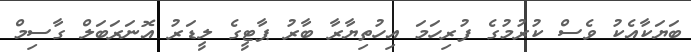
ބަޔަކާއެކު ވެސް ކުރުމުގެ ފުރިހަމަ އިހުތިޔާރާ ބާރު ޕާޓީގެ ލީޑަރު އޮނަރަބަލް ގާސިމް